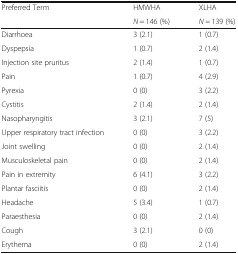
<table><thead><tr><td rowspan="2"><b>Preferred Term</b></td><td><b>HMWHA</b></td><td><b>XLHA</b></td></tr><tr><td><b><i>N</i> = 146 (%)</b></td><td><b><i>N</i> = 139 (%)</b></td></tr></thead><tbody><tr><td>Diarrhoea</td><td>3 (2.1)</td><td>1 (0.7)</td></tr><tr><td>Dyspepsia</td><td>1 (0.7)</td><td>2 (1.4)</td></tr><tr><td>Injection site pruritus</td><td>2 (1.4)</td><td>1 (0.7)</td></tr><tr><td>Pain</td><td>1 (0.7)</td><td>4 (2.9)</td></tr><tr><td>Pyrexia</td><td>0 (0)</td><td>3 (2.2)</td></tr><tr><td>Cystitis</td><td>2 (1.4)</td><td>2 (1.4)</td></tr><tr><td>Nasopharyngitis</td><td>3 (2.1)</td><td>7 (5)</td></tr><tr><td>Upper respiratory tract infection</td><td>0 (0)</td><td>3 (2.2)</td></tr><tr><td>Joint swelling</td><td>0 (0)</td><td>2 (1.4)</td></tr><tr><td>Musculoskeletal pain</td><td>0 (0)</td><td>2 (1.4)</td></tr><tr><td>Pain in extremity</td><td>6 (4.1)</td><td>3 (2.2)</td></tr><tr><td>Plantar fasciitis</td><td>0 (0)</td><td>2 (1.4)</td></tr><tr><td>Headache</td><td>5 (3.4)</td><td>1 (0.7)</td></tr><tr><td>Paraesthesia</td><td>0 (0)</td><td>2 (1.4)</td></tr><tr><td>Cough</td><td>3 (2.1)</td><td>0 (0)</td></tr><tr><td>Erythema</td><td>0 (0)</td><td>2 (1.4)</td></tr></tbody></table>